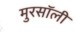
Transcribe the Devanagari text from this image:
मुरसॉली